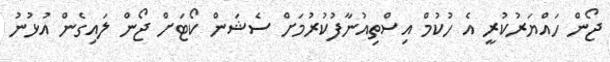
ޖޯން ހައްޔަރުކުރީ އެ ހުކުމް އިސްތިއުނާފުކުރުމަށް ސެޝަން ކޯޓަށް ޖޯން ލައިގެން އުޅުނު